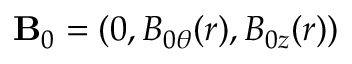
\mathbf { B } _ { 0 } = ( 0 , B _ { 0 \theta } ( r ) , B _ { 0 z } ( r ) )